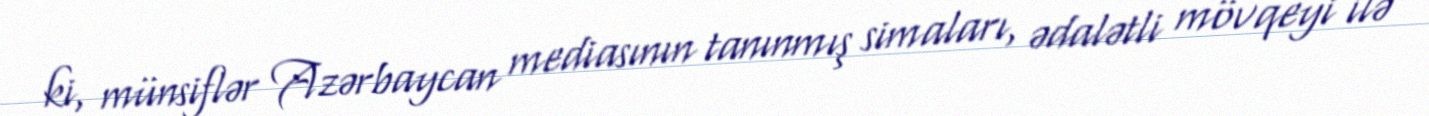
ki, münsiflər Azərbaycan mediasının tanınmış simaları, ədalətli mövqeyi ilə